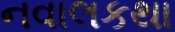
નવાલકથા